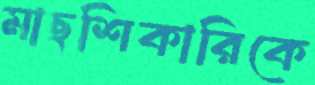
মাছশিকারিকে